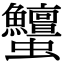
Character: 𧖞